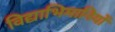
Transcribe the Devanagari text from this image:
विद्याभिमानियों